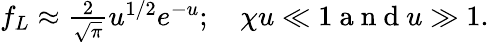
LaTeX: \begin{array}{r}{f_{L}\approx\frac{2}{\sqrt{\pi}}u^{1/2}e^{-u};\quad\chi u\ll 1\mathrm{~a~n~d~}u\gg 1.}\end{array}